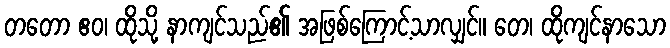
တတော ဧဝ၊ ထိုသို့ နာကျင်သည်၏ အဖြစ်ကြောင့်သာလျှင်။ တေ၊ ထိုကျင်နာသော